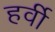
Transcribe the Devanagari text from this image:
हर्वी